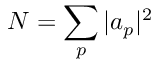
N = \sum _ { p } | a _ { p } | ^ { 2 }